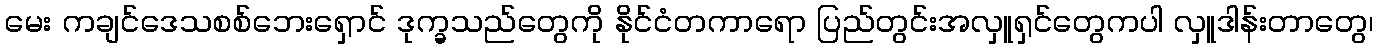
မေး ကချင်ဒေသစစ်ဘေးရှောင် ဒုက္ခသည်တွေကို နိုင်ငံတကာရော ပြည်တွင်းအလှူရှင်တွေကပါ လှူဒါန်းတာတွေ၊